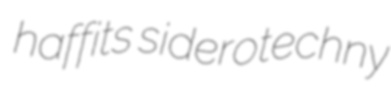
haffits siderotechny